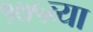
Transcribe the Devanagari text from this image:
१७५व्या